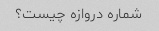
شماره دروازه چیست؟